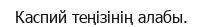
Каспий теңізінің алабы.